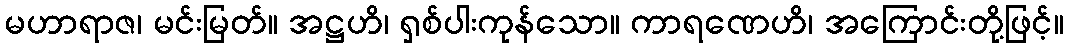
မဟာရာဇ၊ မင်းမြတ်။ အဋ္ဌဟိ၊ ရှစ်ပါးကုန်သော။ ကာရဏေဟိ၊ အကြောင်းတို့ဖြင့်။